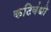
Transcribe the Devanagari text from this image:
कटिबंधो